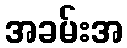
အခမ်းအ